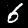
Label: 6